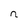
Character: n